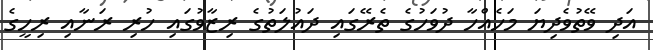
އަދި ވޭތުވެދިޔަ މަހެއްހާ ދުވަހުގެ ތެރޭގައި ދައުލަތުގެ ރިޒާވުގައި ހުރި ރަނާއި ރިހީގެ